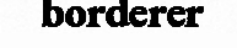
borderer